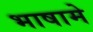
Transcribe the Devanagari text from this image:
भाषामे